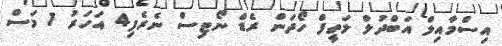
އިސްމާއިލް އަބްދުލް ލަތީފް ހޯދަން ރެޑް ނޯޓިސް ނެރެފި4 އަހަރު 1 މަސް